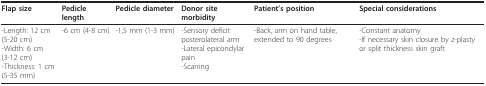
| Flap size | Pedicle length | Pedicle diameter | Donor site morbidity | Patient's position | Special considerations |
 | --- | --- | --- | --- | --- | --- |
 | -Length: 12 cm (5-20 cm)-Width: 6 cm (3-12 cm)-Thickness: 1 cm (5-35 mm) | -6 cm (4-8 cm) | -1,5 mm (1-3 mm) | -Sensory deficit posterolateral arm-Lateral epicondylar pain-Scarring | -Back, arm on hand table, extended to 90 degrees | -Constant anatomy-If necessary skin closure by z-plasty or split thickness skin graft |